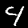
Label: 4